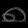
Digit: ၈